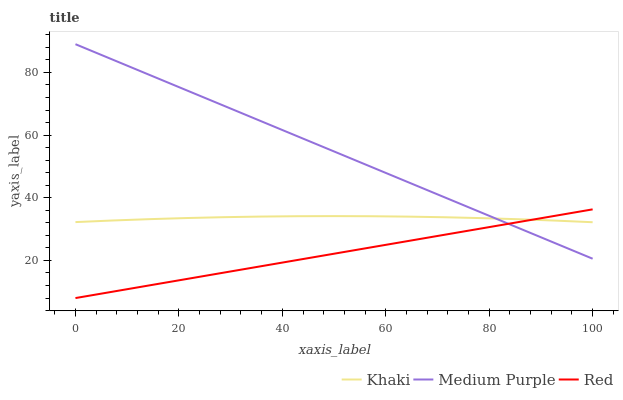
| xaxis_label | Khaki | Medium Purple | Red |
 | --- | --- | --- | --- |
 | 0 | 32.2 | 89 | 8 |
 | 7.14 | 32.7 | 84.1 | 10 |
 | 14.3 | 33.2 | 79.2 | 12 |
 | 21.4 | 33.5 | 74.3 | 14.1 |
 | 28.6 | 33.8 | 69.4 | 16.1 |
 | 35.7 | 34 | 64.6 | 18.1 |
 | 42.9 | 34.1 | 59.7 | 20.1 |
 | 50 | 34.1 | 54.8 | 22.2 |
 | 57.1 | 34.1 | 49.9 | 24.2 |
 | 64.3 | 34 | 45 | 26.2 |
 | 71.4 | 33.8 | 40.1 | 28.2 |
 | 78.6 | 33.5 | 35.2 | 30.2 |
 | 85.7 | 33.2 | 30.3 | 32.3 |
 | 92.9 | 32.7 | 25.4 | 34.3 |
 | 100 | 32.2 | 20.6 | 36.3 |